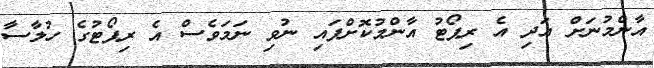
އާންމުނަށް އަދި އެ ރިޕޯޓު އާންމުކޮށްފައި ނުވި ނަމަވެސް އެ ރިޕޯޓުގެ ހުލާސާ